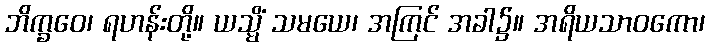
ဘိက္ခဝေ၊ ရဟန်းတို့။ ယသ္မိံ သမယေ၊ အကြင် အခါ၌။ အရိယသာဝကော၊